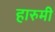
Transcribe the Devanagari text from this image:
हारुमी